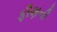
ફીણની